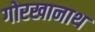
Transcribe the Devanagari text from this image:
गोरखानाथ